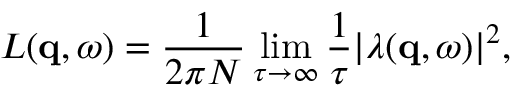
L ( \mathbf { q } , \omega ) = \frac { 1 } { 2 \pi N } \operatorname* { l i m } _ { \tau \to \infty } \frac { 1 } { \tau } | \lambda ( \mathbf { q } , \omega ) | ^ { 2 } ,